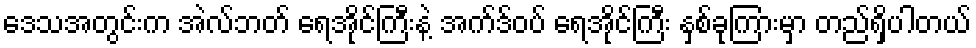
ဒေသအတွင်းက အဲလ်ဘတ် ရေအိုင်ကြီးနဲ့ အက်ဒ်ဝပ် ရေအိုင်ကြီး နှစ်ခုကြားမှာ တည်ရှိပါတယ်